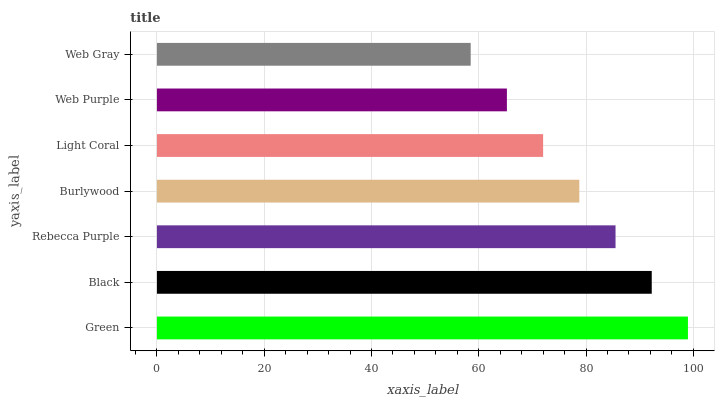
| yaxis_label | bars |
 | --- | --- |
 | Green | 99 |
 | Black | 92.2 |
 | Rebecca Purple | 85.5 |
 | Burlywood | 78.7 |
 | Light Coral | 72 |
 | Web Purple | 65.2 |
 | Web Gray | 58.5 |